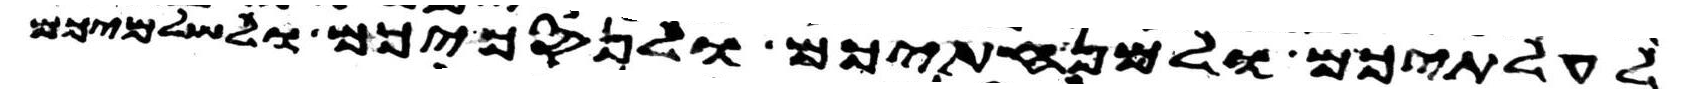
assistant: לעלתיכם ולמנחתיכם ולנסכיכם ולשלמיכם